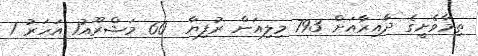
ތިމާވެށީގެ ދާއިރާއަށް 793 މިލިއަން ރުުފިޔާ  60 މަޝްރޫއު1 އަހަރު 1